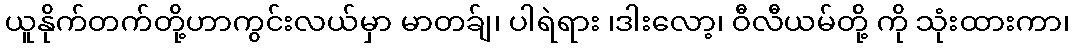
ယူနိုက်တက်တို့ဟာကွင်းလယ်မှာ မာတခ်ျ၊ ပါရဲရား ၊ဒါးလော့၊ ဝီလီယမ်တို့် ကို သုံးထားကာ၊